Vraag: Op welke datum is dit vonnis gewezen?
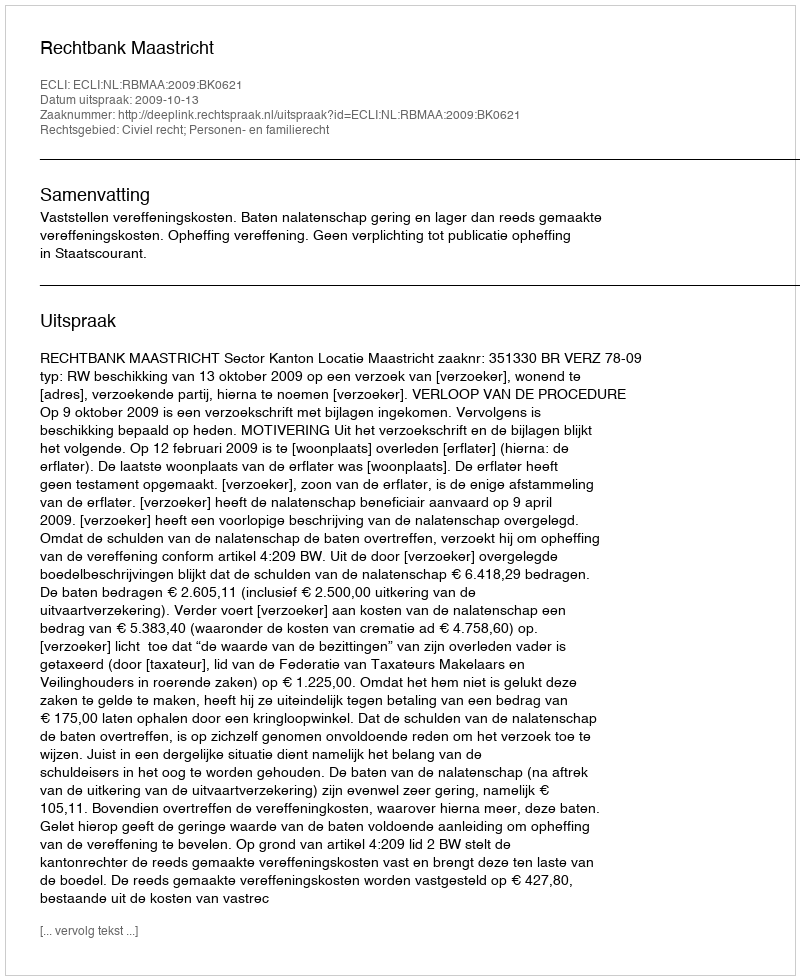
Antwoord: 2009-10-13